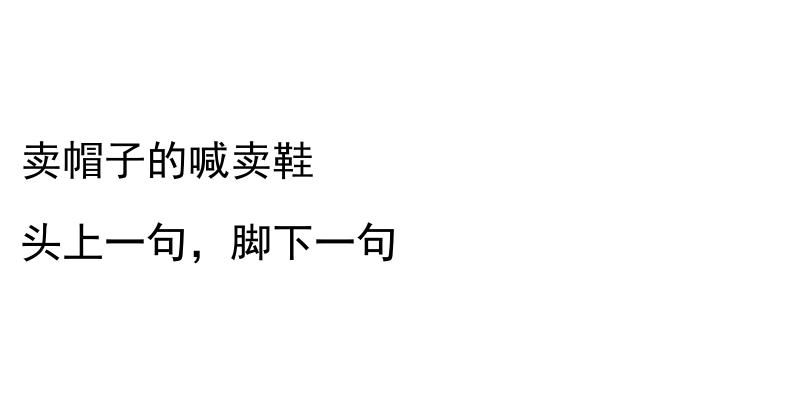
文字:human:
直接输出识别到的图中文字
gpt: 卖帽子的喊卖鞋 头上一句，脚下一句